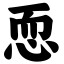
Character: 恧